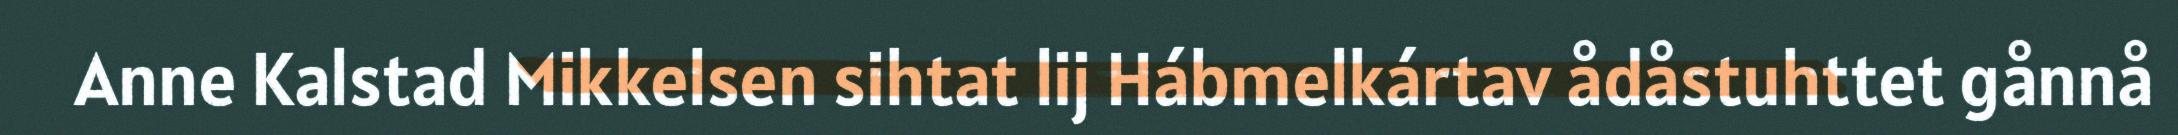
Anne Kalstad Mikkelsen sihtat lij Hábmelkártav ådåstuhttet gånnå